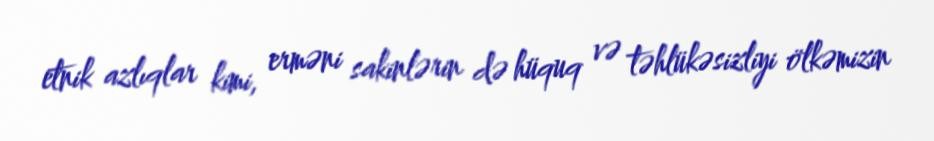
etnik azlıqlar kimi, erməni sakinlərin də hüquq və təhlükəsizliyi ölkəmizin